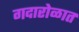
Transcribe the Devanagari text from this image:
गदारोळात